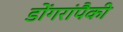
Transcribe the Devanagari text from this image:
डोंगरांपैकी